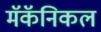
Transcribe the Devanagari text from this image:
मॅकॅनिकल